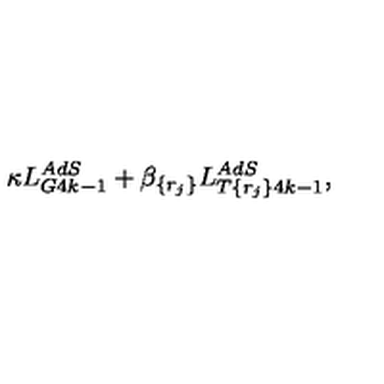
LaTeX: \kappa L _ { G 4 k - 1 } ^ { A d S } + \beta _ { \{ r _ { j } \} } L _ { T \{ r _ { j } \} 4 k - 1 } ^ { A d S } ,